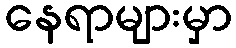
နေရာများမှာ